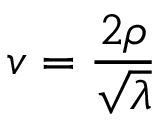
v = \frac { 2 \rho } { \sqrt { \lambda } }